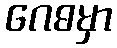
ဂေဓမှာ